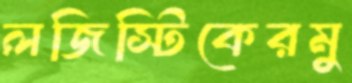
লজিস্টিকেরমু